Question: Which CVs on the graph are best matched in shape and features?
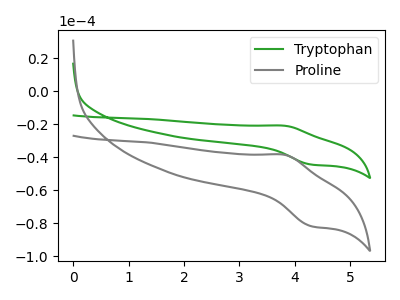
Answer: <think>The green curve "Tryptophan" has an anodic peak at (3.80V, -20.95uA) and a cathodic peak at (4.30V, -44.45uA). The gray curve "Proline" has an anodic peak at (3.80V, -38.60uA) and a cathodic peak at (4.30V, -81.75uA).
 All the peaks in "Tryptophan" have a peak in "Proline" at the same potential.</think>
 <answer>"Proline" and "Tryptophan" have the same shape and are likely CV's of the same chemical.</answer>
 <eval>"Proline" "Tryptophan"</eval>